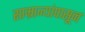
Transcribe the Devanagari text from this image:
साम्राज्यांपासून